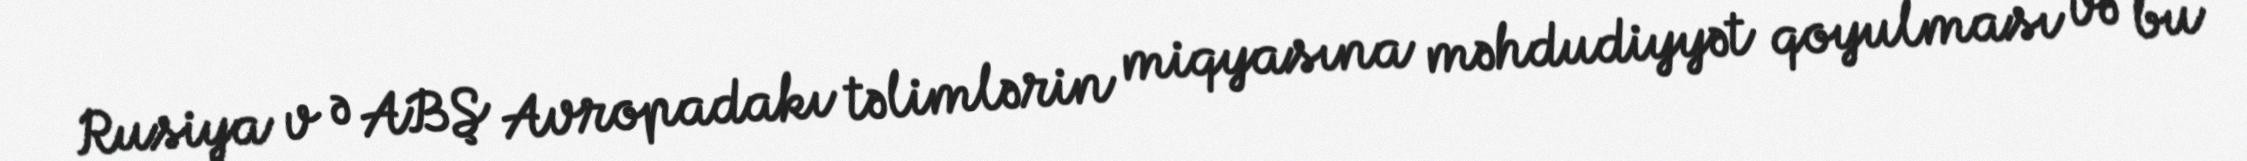
Rusiya v ə ABŞ Avropadakı təlimlərin miqyasına məhdudiyyət qoyulması və bu